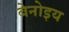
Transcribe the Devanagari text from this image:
बेनोइय